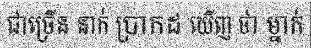
ជាច្រើន នាក់ ប្រាកដ ឃើញ ថា ម្នាក់